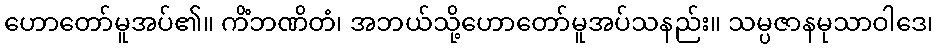
ဟောတော်မူအပ်၏။ ကိံဘဏိတံ၊ အဘယ်သို့ဟောတော်မူအပ်သနည်း။ သမ္ပဇာနမုသာဝါဒေ၊